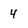
Character: 4